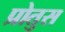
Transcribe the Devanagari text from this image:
प्रोतुस